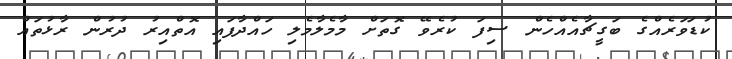
ކުޑަވަރެއްގެ ބަގީޗާއެއްހެން ސިފަ ކުރެވޭ ގޮތަށް މާމެލާމެލި ހައްދާފައި އޮތްއިރު ދުރުން ރާޅުތައް